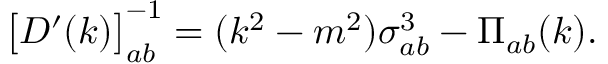
\big [ D ^ { \prime } ( k ) \big ] _ { a b } ^ { - 1 } = ( k ^ { 2 } - m ^ { 2 } ) \sigma _ { a b } ^ { 3 } - \Pi _ { a b } ( k ) .